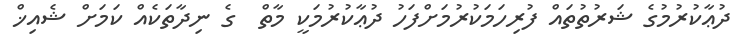
ދުޢާކުރުމުގެ ޝަރުތުތައް ފުރިހަމަކުރުމަށްފަހު ދުޢާކުރުމަަކީ މާތް  ގެ ނިދާތަކެއް ކަމަށް ޝެއިޚް